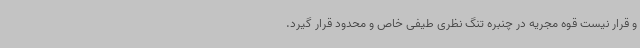
و قرار نیست قوه مجریه در چنبره‌ تنگ نظری طیفی خاص و محدود قرار گیرد.